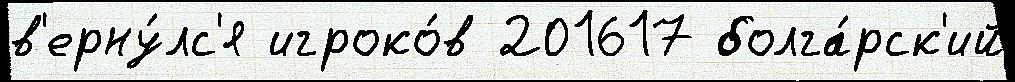
в'ерну́лс'я игроко́в 201617 болга́рск'ий